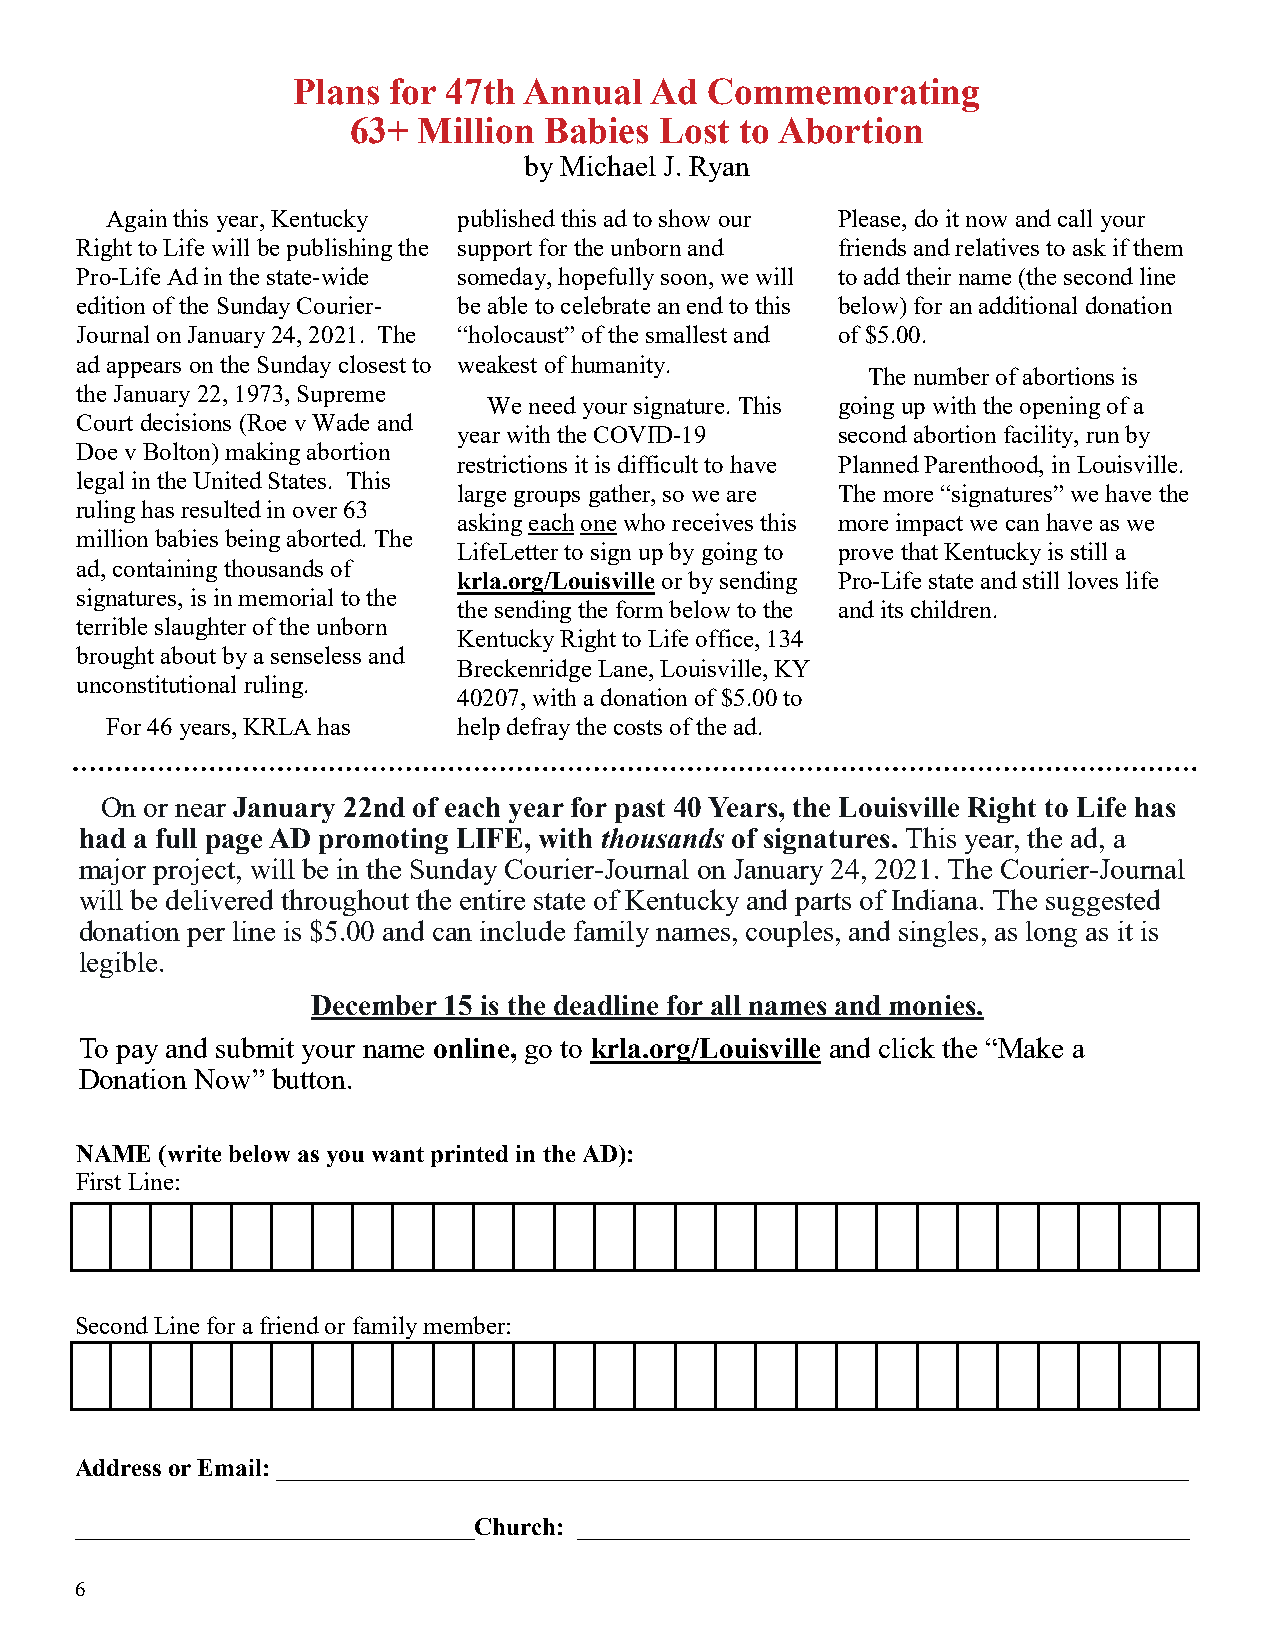
Plans  for 47th Annual  Ad  Commemorating
 63+  Million Babies  Lost to Abortion
 by Michael J. Ryan
 Again this year, Kentucky published this ad to show our Please, do it now and call your
 Right to Life will be publishing the support for the unborn and friends and relatives to ask if them
 Pro-Life Ad in the state-wide someday, hopefully soon, we will to add their name (the second line
 edition of the Sunday Courier- be able to celebrate an end to this below) for an additional donation
 Journal on January 24, 2021. The “holocaust” of the smallest and of $5.00.
 ad appears on the Sunday closest to weakest of humanity.
 The number of abortions is
 the January 22, 1973, Supreme
 We need your signature. This going up with the opening of a
 Court decisions (Roe v Wade and
 year with the COVID-19   second abortion facility, run by
 Doe v Bolton) making abortion
 restrictions it is difficult to have Planned Parenthood, in Louisville.
 legal in the United States. This
 large groups gather, so we are The more “signatures” we have the
 ruling has resulted in over 63
 asking each one who receives this more impact we can have as we
 million babies being aborted. The
 LifeLetter to sign up by going to prove that Kentucky is still a
 ad, containing thousands of
 krla.org/Louisville or by sending Pro-Life state and still loves life
 signatures, is in memorial to the
 the sending the form below to the and its children.
 terrible slaughter of the unborn
 Kentucky Right to Life office, 134
 brought about by a senseless and
 Breckenridge Lane, Louisville, KY
 unconstitutional ruling.
 40207, with a donation of $5.00 to
 For 46 years, KRLA has help defray the costs of the ad.
 On or near January 22nd of each year for past 40 Years, the Louisville Right to Life has
 had a full page AD promoting LIFE, with thousands of signatures. This year, the ad, a
 major project, will be in the Sunday Courier-Journal on January 24, 2021. The Courier-Journal
 will be delivered throughout the entire state of Kentucky and parts of Indiana. The suggested
 donation per line is $5.00 and can include family names, couples, and singles, as long as it is
 legible.
 December 15 is the deadline for all names and monies.
 To pay and submit your name online, go to krla.org/Louisville and click the “Make a
 Donation Now” button.
 NAME (write below as you want printed in the AD):
 First Line:
 Second Line for a friend or family member:
 Address or Email: _________________________________________________________________________
 ________________________________Church: _________________________________________________
 6